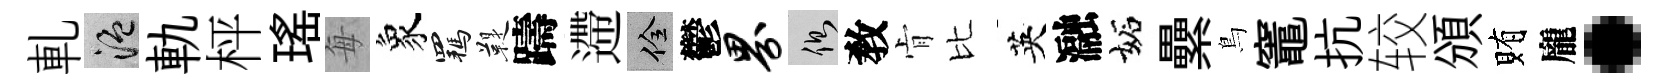
軋温軌枰瑤每象羈鞮躊遰佺鬱界側敎肻比英瀜妬纍鳥竈抗较頒賄龐·